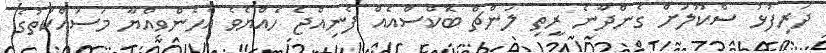
ދަރިފުޅު ސްކޫލަށް ގެންދާނެ ރީތި ލަންޗް ބޮކްސްއެއް ފެނިއްޖެ ހެއްޔެވެ އެހެންވިއްޔާ މަސައްކަތުގެ